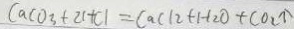
C a C O _ { 3 } + 2 H C l = C a C l _ { 2 } + H _ { 2 } O + C O _ { 2 } \uparrow